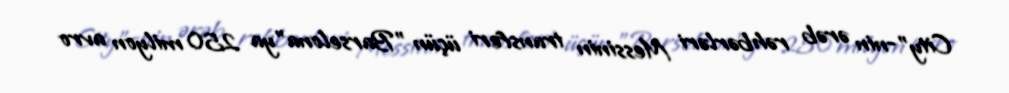
City"-nin ərəb rəhbərləri Messinin transferi üçün "Barselona"ya 250 milyon avro